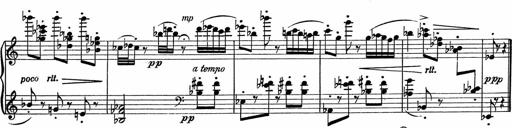
Title: 3Ã¨me Sonatine
Composer: Raffaele d' Alessandro